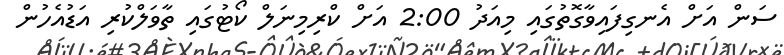
ސަން އަށް އެނގިފައިވާގޮތުގައި މިއަދު 2:00 އަށް ކްރިމިނަލް ކޯޓުގައި ތާވަލްކުރި އަޑުއެހުން